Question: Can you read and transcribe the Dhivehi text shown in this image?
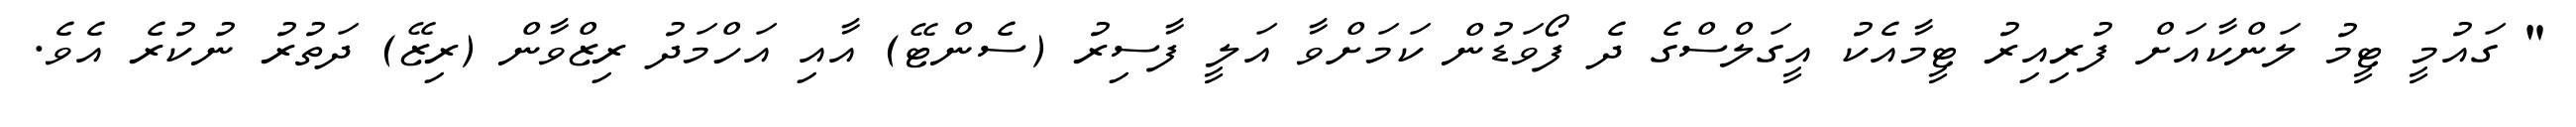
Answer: " ގައުމީ ޓީމު ލަންކާއަށް ފުރިއިރު ޓީމާއެކު އީގަލްސްގެ ދެ ފޯވަޑުން ކަމަށްވާ އަލީ ފާސިރު (ސެންޓޭ) އާއި އަހްމަދު ރިޒްވާން (ރިޒޭ) ދަތުރު ނުކުރެ އެވެ.